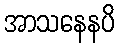
အာသနေနပိ